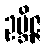
ဥဗ္ဘိဇ္ဇ